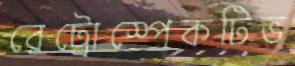
রেট্রোস্পেকটিভ